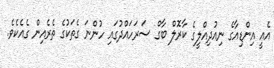
އެއީ އިންޑިއާގެ ނިއުދިއްލީގެ ކާރޮލްް ބާގް ސަރަހައްދުގައި ހުންނަ ގެތަކުގެ ތެރެއިން ގެއެކެވެ.